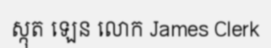
ស្កុត ឡេន លោក James Clerk